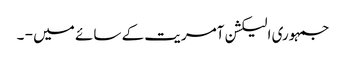
جمہوری الیکشن آمریت کے سائے میں - ۔